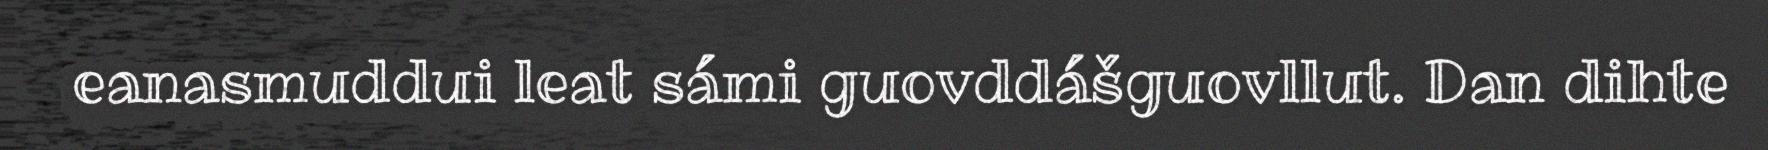
eanasmuddui leat sámi guovddášguovllut. Dan dihte